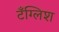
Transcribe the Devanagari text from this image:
टँग्लिश